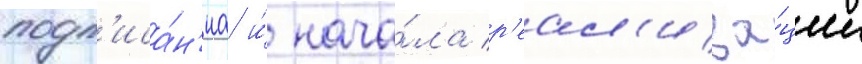
подп'иса́н'иа и́ нача́ла р'еал'иза́ции